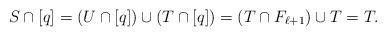
LaTeX: \begin{align*}S \cap [q] = (U \cap [q]) \cup (T \cap [q]) = (T \cap F_{\ell+1}) \cup T = T.\end{align*}